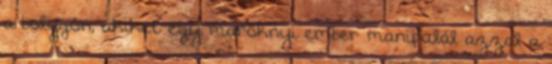
a bolygón, akiket egy maroknyi ember manipulál azzal a